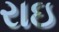
રાઇ